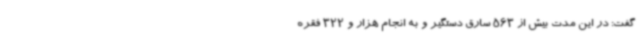
گفت: در این مدت بیش از 563 سارق دستگیر و به انجام هزار و 322 فقره